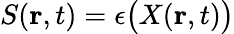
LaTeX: S(\mathbf{r},t)=\epsilon\bigl(X(\mathbf{r},t)\bigr)